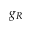
g _ { R }